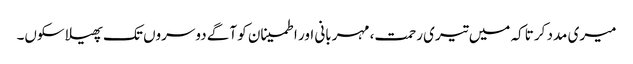
میری مدد کر تاکہ میں تیری رحمت، مہربانی اور اطمینان کو آگے دوسروں تک پھیلا سکوں۔